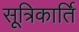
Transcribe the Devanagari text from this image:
सूत्रिकार्ति